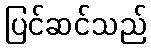
ပြင်ဆင်သည်